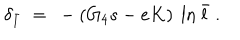
LaTeX: \delta _ { \bar { l } } ~ = ~ - ( G _ { 4 } s - e K ) ~ \ln \bar { l } ~ .